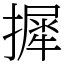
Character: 摨